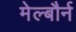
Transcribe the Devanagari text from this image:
मेल्बौर्न